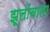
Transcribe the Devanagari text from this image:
झूलोंवाला